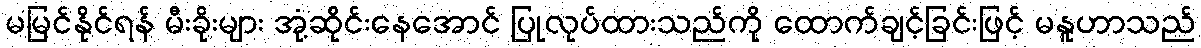
မမြင်နိုင်ရန် မီးခိုးများ အုံ့ဆိုင်းနေအောင် ပြုလုပ်ထားသည်ကို ထောက်ချင့်ခြင်းဖြင့် မနူဟာသည်